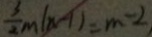
\frac { 3 } { 2 } m ( n - 1 ) = m - 2